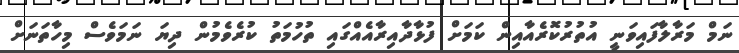
ނަމް މަރާލާފައިވަނީ އުތުރުކޮރެއާއިން ކަމަށް ފުޅާދާއިރާއެއްގައި ތުހުމަތު ކުރެވެމުން ދިޔަ ނަމަވެސް މިހާތަނަށް